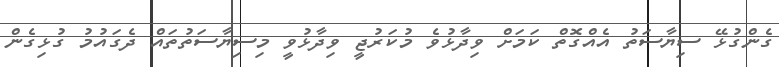
ގެންގުޅޭ ސިޔާސަތު އެއްގޮތް ކަމަށް ވިދާޅުވެ މުކަރުޖީ ވިދާޅުވީ މިސިޔާސަތުތައް ދެގައުމު ގުޅިގެން